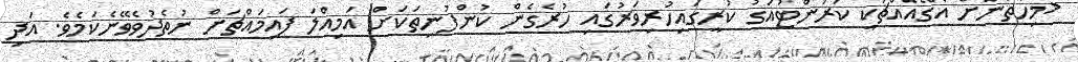
<މިހާތަނަށް އެގޭއެއްޗަކީ ކަރަންޓުއަގު ކުރީގައިހުރިވަރުގައި ހުރެގެން ކުންފުނިތަކަށް އަމިއްލަ ފައިމައްޗަށް ނުތެދުވެވޭނެކަމެވެ. އަދި